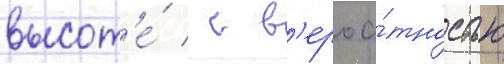
высот'е́ / с в'ероа́тностью